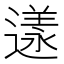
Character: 𨖌